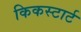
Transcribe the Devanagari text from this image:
किकस्टार्ट